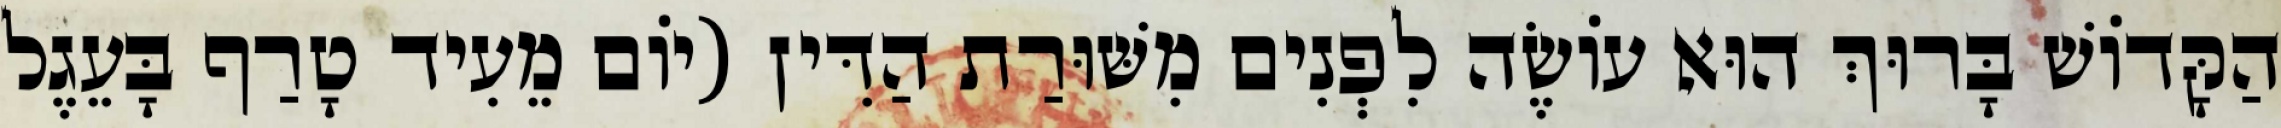
הַקָּדוֹשׁ בָּרוּךְ הוּא עוֹשֶׂה לִפְנִים מִשּׁוּרַת הַדִּין (יוֹם מֵעִיד טָרַף בָּעֵגֶל